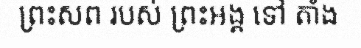
ព្រះសព របស់ ព្រះអង្គ ទៅ តាំង